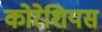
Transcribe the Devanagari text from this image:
कोरेशियस